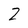
Character: Z